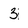
Character: 3